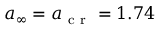
{ a } _ { \infty } = { a } _ { \mathrm { ~ c ~ r ~ } } = 1 . 7 4